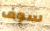
سوف